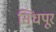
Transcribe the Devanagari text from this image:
सिंधपूर